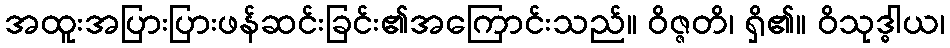
အထူးအပြားပြားဖန်ဆင်းခြင်း၏အကြောင်းသည်။ ဝိဇ္ဇတိ၊ ရှိ၏။ ဝိသုဒ္ဓါယ၊